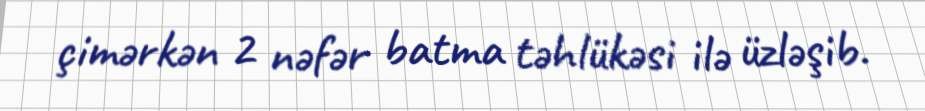
çimərkən 2 nəfər batma təhlükəsi ilə üzləşib.